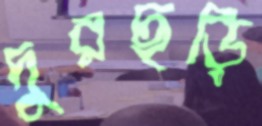
দুরছড়ি